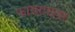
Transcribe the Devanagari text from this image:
फायरपावर